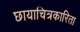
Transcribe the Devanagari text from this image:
छायाचित्रकारिता